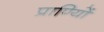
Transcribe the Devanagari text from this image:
प्राण्यिों